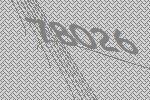
78026